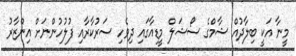
މީނާ އަކީ ބިލާދުއް ޝާމްގެ ސޯޝަލް މީޑިއާގައި ދިވެހި ސަރުކާރާއި ފުލުހުންނަށް އިންޒާރު